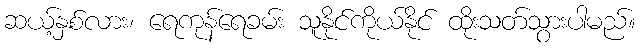
ဆယ့်နှစ်လား၊ ရေကုန်ရေခမ်း သူနိုင်ကိုယ်နိုင် ထိုးသတ်သွားပါမည်။